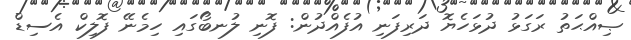
ޞިއްޙަތު ރަގަޅު ދުޅަހެޔޮ ދަރިފަނި އުފެއްދުން: ފޮނި ލުނބޯގައި ހިމެނޭ ފޮލިކް އެސިޑް